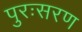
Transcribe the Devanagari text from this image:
पुरःसरण